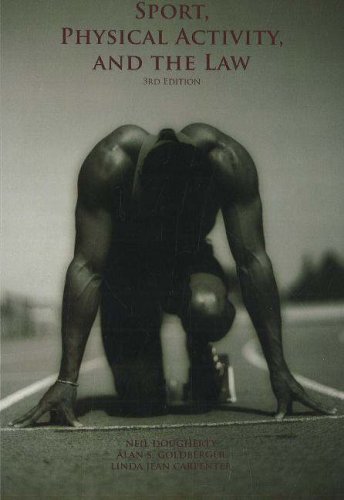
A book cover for Sport, Physical Activity and the Law; Neil J. Dougherty; Law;